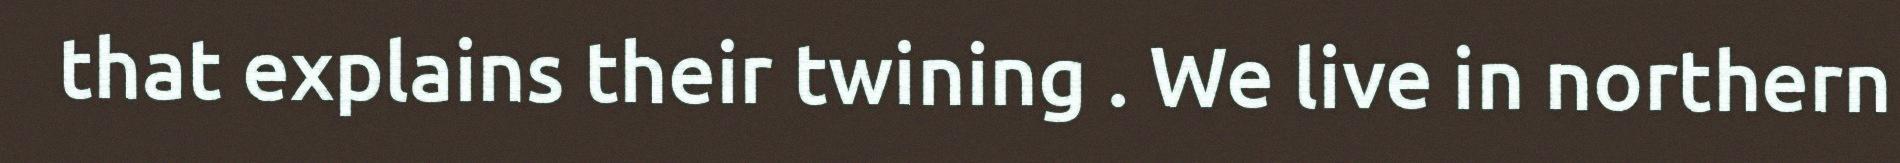
that explains their twining . We live in northern